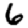
Digit: 6